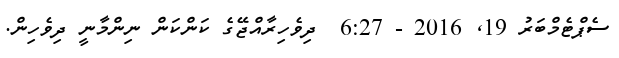
ސެޕްޓެމްބަރު 19